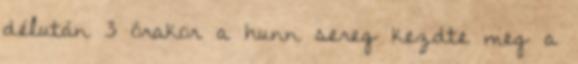
délután 3 órakor a hunn sereg kezdte meg a